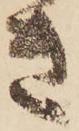
き